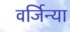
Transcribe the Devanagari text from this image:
वर्जिन्या